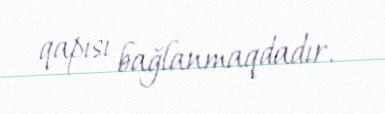
qapısı bağlanmaqdadır.